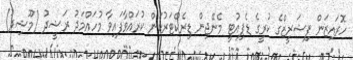
ހޮރައިޒަން ފިޝަރީޒްގެ ކުރީގެ ޑެޕިއުޓީ މެނޭޖިން ޑިރެކްޓަރުކަން ކުރައްވާފައިވާ މުހައްމަދު ރަޝީދު (މޫޝިދު)